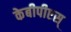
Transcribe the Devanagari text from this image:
केबीपीएस्‌